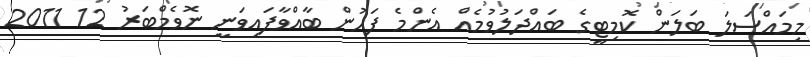
މިމައްސަލަ ބަލަން ކޮމިޓީގެ ބައްދަލުވުމެއް އެންމެ ފަހުން ބާއްވާފައިވަނީ ނޮވެމްބަރު 12 2011